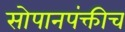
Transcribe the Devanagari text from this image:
सोपानपंक्तीच